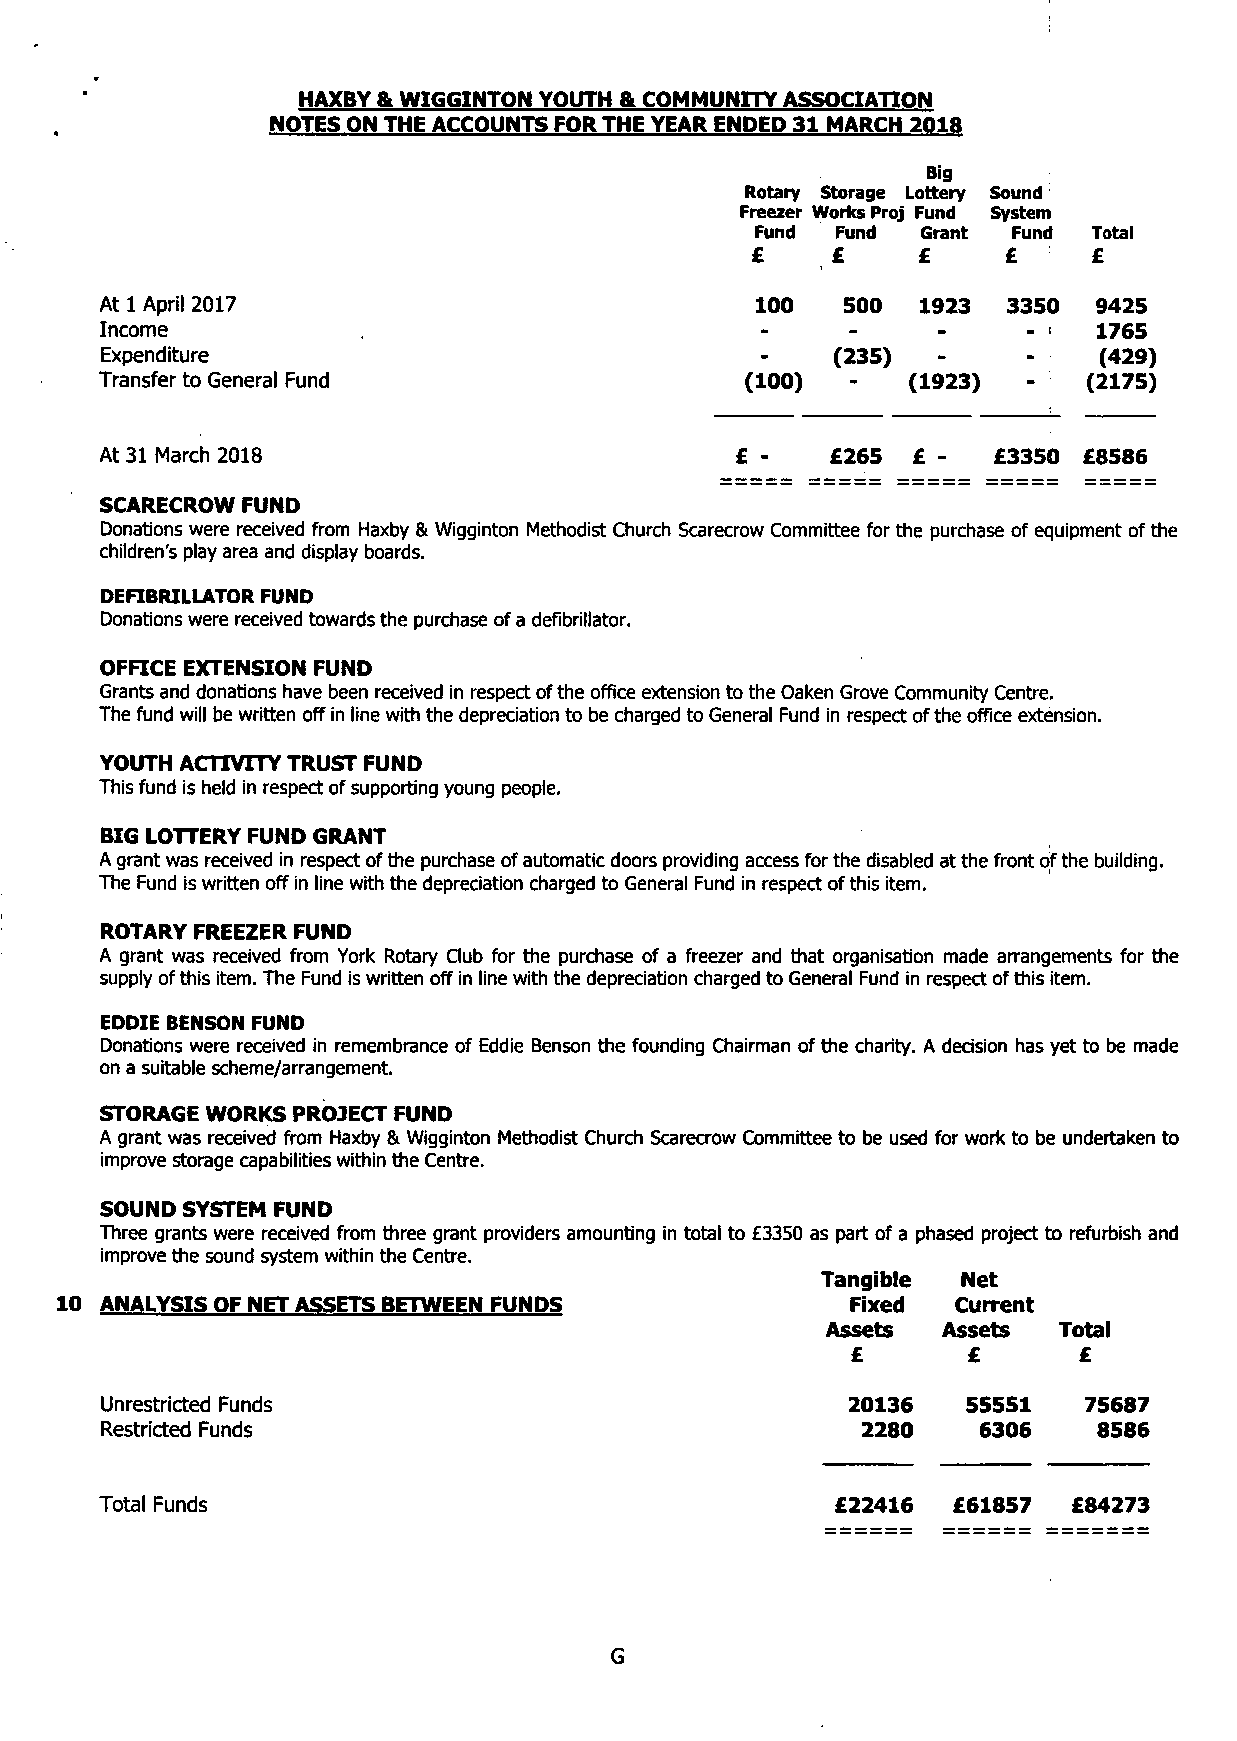
HAXBY & WIGGINTON YOUTH & COMMUNITY ASSOCIATION
 NOTES ON THE ACCOUNTS FOR THE YEAR ENDED 31 MARCH 2018
 Big
 Rotary Storage Lottery Sound
 Freezer Works Proj Fund System
 Fund Fund  Grant Fund Total
 £    £     £     £    £
 At 1 April 2017                            100   500  1923  3350  9425
 Income                                     -     -     -     - i  1765
 Expenditure                                -    (235)  -     -  •(4 29)
 Transfer to General Fund                  (100)      (1923)      (2175)
 At 31 March 2018                          £ -   £265 £ -   £3350 £8586
 SCARECROW FUND
 Donations were received from Haxby & Wigginton Methodist Church Scarecrow Committee for the purchase of equipment of the
 children's play area and display boards.
 DEFIBRILLATOR FUND
 Donations were received towards the purchase of a defibrillator.
 OFFICE EXTENSION FUND
 Grants and donations have been received in respect of the office extension to the Oaken Grove Community Centre.
 The fund will be written off in line with the depreciation to be charged to General Fund in respect of the office extension.
 YOUTH ACTIVITY TRUST FUND
 This fund is held in respect of supporting young people.
 BIG LOTTERY FUND GRANT
 A grant was received in respect of the purchase of automatic doors providing access for the disabled at the front of the building.
 The Fund is written off in line with the depreciation charged to General Fund in respect of this item.
 ROTARY FREEZER FUND
 A grant was received from York Rotary Club for the purchase of a freezer and that organisation made arrangements for the
 supply of this item. The Fund is written off in line with the depreciation charged to General Fund in respect of this item.
 EDDIE BENSON FUND
 Donations were received in remembrance of Eddie Benson the founding Chairman of the charity. A decision has yet to be made
 on a suitable scheme/arrangement.
 STORAGE WORKS PROJECT FUND
 A grant was received from Haxby & Wigginton Methodist Church Scarecrow Committee to be used for work to be undertaken to
 improve storage capabilities within the Centre.
 SOUND SYSTEM FUND
 Three grants were received from three grant providers amounting in total to £3350 as part of a phased project to refurbish and
 improve the sound system within the Centre.
 Tangible  Net
 10 ANALYSIS OF NET ASSETS BETWEEN FUNDS             Fixed  Current
 Assets Assets  Total
 £       £      £
 Unrestricted Funds                               20136   55551   75687
 Restricted Funds                                  2280    6306    8586
 Total Funds                                     £22416  £61857  £84273
 G